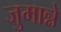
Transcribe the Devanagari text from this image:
जुमान्ने